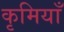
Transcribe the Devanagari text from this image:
कृमियाँ